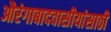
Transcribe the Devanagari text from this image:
औरंगाबादवासीयांसाठी